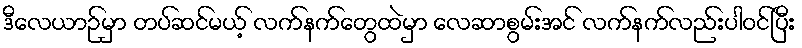
ဒီလေယာဉ်မှာ တပ်ဆင်မယ့် လက်နက်တွေထဲမှာ လေဆာစွမ်းအင် လက်နက်လည်းပါဝင်ပြီး